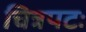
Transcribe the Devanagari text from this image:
चित्रपटः